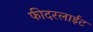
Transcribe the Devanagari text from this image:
फीदरलाईट